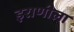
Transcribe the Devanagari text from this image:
इराणीला